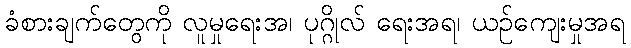
ခံစားချက်တွေကို လူမှုရေးအ၊ ပုဂ္ဂိုလ် ရေးအရ၊ ယဉ်ကျေးမှုအရ